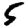
Digit: 5